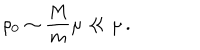
LaTeX: \rho _ { 0 } \sim { \frac { M } { m } } \mu \ll \mu \, .